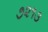
૭૨૧૩